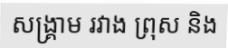
សង្គ្រាម រវាង ព្រុស និង